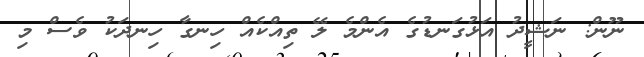
ނޫން: ނަޝީދު އަޅުގަނޑުގެ އެންމެ ލޭ ތިއްކެއް ހިނގާ ހިނދަކު ވެސް މި